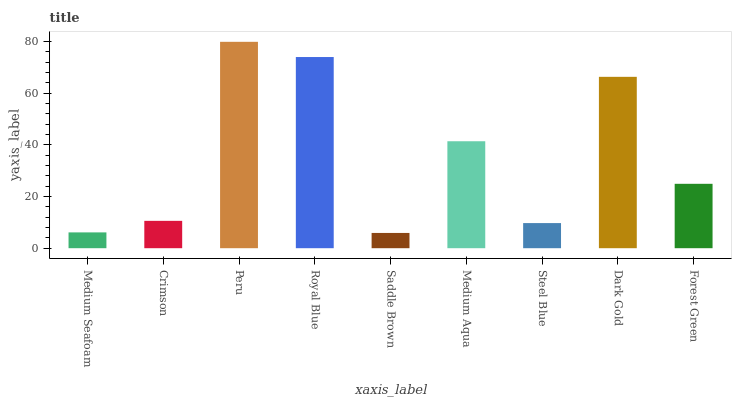
| xaxis_label | bars |
 | --- | --- |
 | Medium Seafoam | 6.12 |
 | Crimson | 10.6 |
 | Peru | 79.9 |
 | Royal Blue | 74 |
 | Saddle Brown | 5.91 |
 | Medium Aqua | 41.4 |
 | Steel Blue | 9.73 |
 | Dark Gold | 66.3 |
 | Forest Green | 24.9 |